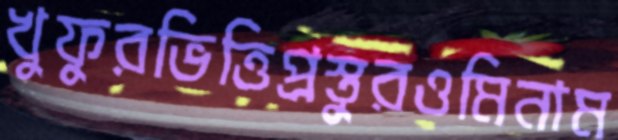
খুফুরভিত্তিপ্রস্তুরওমিনাম